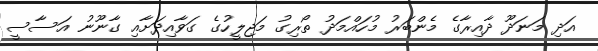
އަދި މަނަދޫ ދާއިރާގެ މެންބަރު މުހައްމަދު ތޯރިގު މަޖިލީހުގެ ގަވާއިދަށާއި ގާނޫނު އަސާސީ